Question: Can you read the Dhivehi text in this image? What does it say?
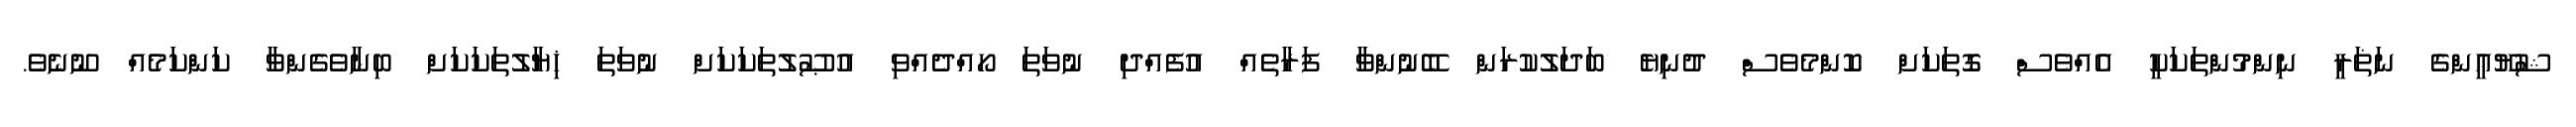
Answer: ޝުޔޫޢީންގެ ނަޡަރީ ނިންމުންތަކަކީ އެއްވެސް ގޮތަކަށް ކޮންމެވެސް ދުނިޔެ ބަދަލުކުރަން ބޭނުންވާ ފަރާތެއް އުފެއްދި ނުވަތަ ހޯއްދެއްވި އުޞޫލުތަކަކަށް ނުވަތަ ޚިޔާލުތަކަކަށް ބިނާވެގެންވާ ކަންކަމެއް ނޫނެވެ.